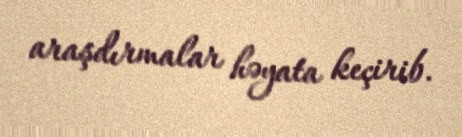
araşdırmalar həyata keçirib.